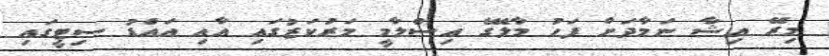
މިރޭ އިޝާ ނަމާދަށް ފަހު މާލޭގެ އިސްލާމީ މަރުކަޒުގައި އާއި އައްޑު ސިޓީގައި